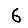
Digit: 6